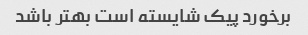
برخورد پیک شایسته است بهتر باشد